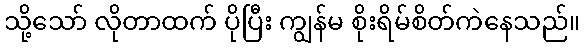
သို့သော် လိုတာထက် ပိုပြီး ကျွန်မ စိုးရိမ်စိတ်ကဲနေသည်။